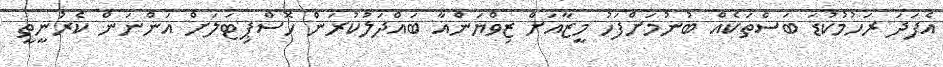
އެފަދަ ރަހުމުކުޑަ ބަސްތަކެއް ބުނުމަށްފަހު މީޒާއަށް ޒިވްޔަންއާ ބައްދަލުކުރަން ހޮސްޕިޓަލަށް އަންނަން ކެރުނީތީ